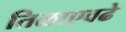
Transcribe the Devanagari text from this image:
तिळाएवढे